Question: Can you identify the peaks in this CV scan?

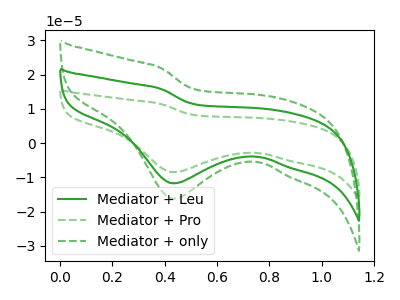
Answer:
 <answer>The green curve "Mediator + Leu" has a cathodic peak at: (0.45V, -11.70uA). The green dashed curve "Mediator + Pro" has a cathodic peak at: (0.45V, -23.40uA). The green dashed curve "Mediator + only" has a cathodic peak at: (0.45V, -16.20uA).</answer>
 <eval></eval>